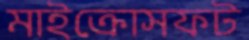
মাইক্রোসফট